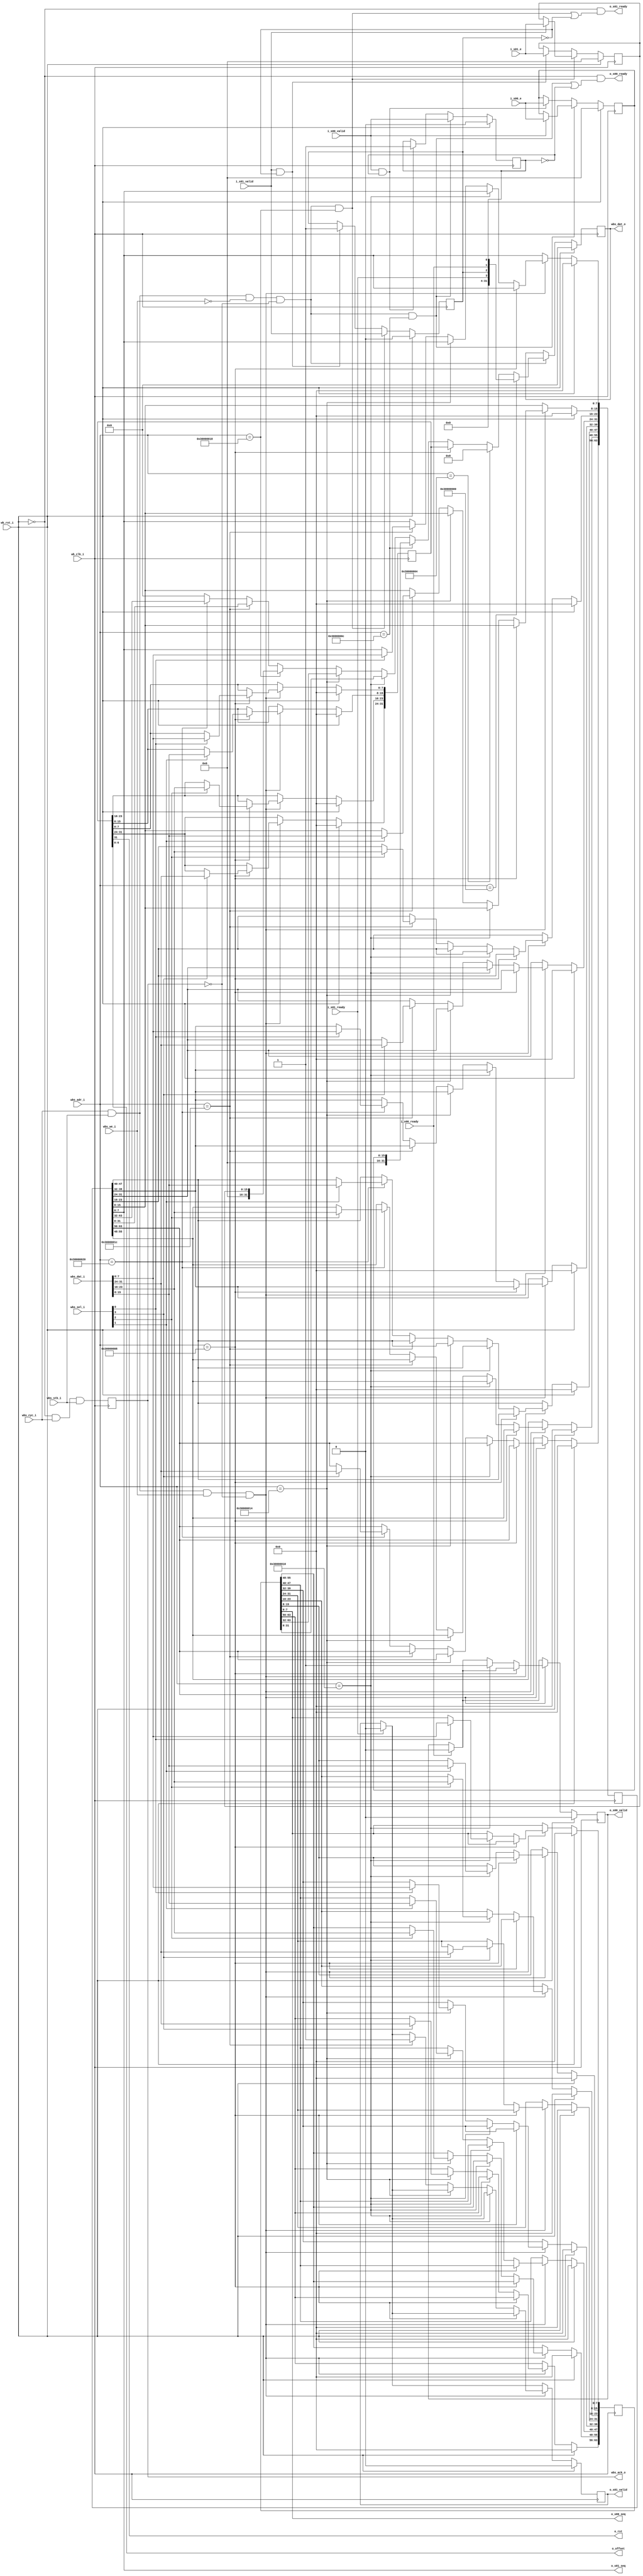
`timescale 1ns / 1ps
`default_nettype none


module wb_interface_e #
(
    parameter BASE_ADR = 32'h 3000_0000,

    parameter SEQ_WIDTH = 8,
    parameter E_WIDTH = 16
)
(
    input  wire                                 wb_clk_i,
    input  wire                                 wb_rst_i,
    input  wire                                 wbs_stb_i,
    input  wire                                 wbs_cyc_i,
    input  wire                                 wbs_we_i,
    input  wire [3:0]                           wbs_sel_i,
    input  wire [31:0]                          wbs_dat_i,
    input  wire [31:0]                          wbs_adr_i,
    output reg                                  wbs_ack_o,
    output reg  [31:0]                          wbs_dat_o,

    output wire                                 o_rst,

    output wire [6:0]                           o_offset,

    output wire [SEQ_WIDTH-1:0]                 o_s00_seq,
    output reg                                  o_s00_valid,
    input  wire                                 i_s00_ready,

    input  wire [E_WIDTH-1:0]                   i_s00_e,
    input  wire                                 i_s00_valid,
    output wire                                 o_s00_ready,

    output wire [SEQ_WIDTH-1:0]                 o_s01_seq,
    output reg                                  o_s01_valid,
    input  wire                                 i_s01_ready,

    input  wire [E_WIDTH-1:0]                   i_s01_e,
    input  wire                                 i_s01_valid,
    output wire                                 o_s01_ready
);


reg [31:0] cfg_reg;

reg [63:0] seq_s00_reg;
reg [63:0] seq_s01_reg;

reg [E_WIDTH-1:0] e_s00_reg;
reg e_s00_reg_valid;

reg [E_WIDTH-1:0] e_s01_reg;
reg e_s01_reg_valid;

wire do_read, do_write;

assign o_rst = cfg_reg[31];
assign o_offset = cfg_reg[6:0];

assign o_s00_seq = seq_s00_reg[SEQ_WIDTH-1:0];
assign o_s01_seq = seq_s01_reg[SEQ_WIDTH-1:0];

assign do_read = wbs_cyc_i & wbs_stb_i & ~wbs_we_i & ~wbs_ack_o;
assign do_write = wbs_cyc_i & wbs_stb_i & wbs_we_i & ~wbs_ack_o;

always @(posedge wb_clk_i)
    wbs_ack_o <= ~wb_rst_i & wbs_cyc_i & wbs_stb_i;

assign o_s00_ready = ~wb_rst_i & ((do_read && wbs_adr_i == (BASE_ADR | 32'h0C)) | ~e_s00_reg_valid);
assign o_s01_ready = ~wb_rst_i & ((do_read && wbs_adr_i == (BASE_ADR | 32'h18)) | ~e_s01_reg_valid);


always @(posedge wb_clk_i) begin
    if (wb_rst_i) begin
        e_s00_reg <= 0;
        e_s00_reg_valid <= 1'b0;
    end else begin
        if (do_read && wbs_adr_i == (BASE_ADR | 32'h0C)) begin
            e_s00_reg_valid <= i_s00_valid;
            if (i_s00_valid)
                e_s00_reg <= i_s00_e;
        end else begin
            if (i_s00_valid && ~e_s00_reg_valid) begin
                e_s00_reg <= i_s00_e;
                e_s00_reg_valid <= 1'b1;
            end
        end
    end
end

always @(posedge wb_clk_i) begin
    if (wb_rst_i) begin
        e_s01_reg <= 0;
        e_s01_reg_valid <= 1'b0;
    end else begin
        if (do_read && wbs_adr_i == (BASE_ADR | 32'h18)) begin
            e_s01_reg_valid <= i_s01_valid;
            if (i_s01_valid)
                e_s01_reg <= i_s01_e;
        end else begin
            if (i_s01_valid && ~e_s01_reg_valid) begin
                e_s01_reg <= i_s01_e;
                e_s01_reg_valid <= 1'b1;
            end
        end
    end
end


always @(posedge wb_clk_i) begin
    if (wb_rst_i) begin
        wbs_dat_o <= 0;
    end else if (do_read) begin
        if (wbs_adr_i == (BASE_ADR | 32'h00)) 
            wbs_dat_o <= {28'b0, i_s01_ready, e_s01_reg_valid, i_s00_ready, e_s00_reg_valid};

        else if (wbs_adr_i == (BASE_ADR | 32'h04)) 
            wbs_dat_o <= {24'h0, SEQ_WIDTH};

        else if (wbs_adr_i == (BASE_ADR | 32'h08)) 
            wbs_dat_o <= cfg_reg;

        else if (wbs_adr_i == (BASE_ADR | 32'h0C)) 
            wbs_dat_o <= {{(32-E_WIDTH){1'b0}}, e_s00_reg[E_WIDTH-1:0]};
        
        else if (wbs_adr_i == (BASE_ADR | 32'h10))
            wbs_dat_o <= seq_s00_reg[31:0];
        
        else if (wbs_adr_i == (BASE_ADR | 32'h14))
            wbs_dat_o <= seq_s00_reg[63:32];

        else if (wbs_adr_i == (BASE_ADR | 32'h18)) 
            wbs_dat_o <= {{(32-E_WIDTH){1'b0}}, e_s01_reg[E_WIDTH-1:0]};
        
        else if (wbs_adr_i == (BASE_ADR | 32'h1C))
            wbs_dat_o <= seq_s01_reg[31:0];
        
        else if (wbs_adr_i == (BASE_ADR | 32'h20))
            wbs_dat_o <= seq_s01_reg[63:32];

        else 
            wbs_dat_o <= 0;
    end
end

always @(posedge wb_clk_i) begin
    if (wb_rst_i) begin
        cfg_reg <= 0;

        seq_s00_reg <= 0;
        o_s00_valid <= 1'b0;

        seq_s01_reg <= 0;
        o_s01_valid <= 1'b0;
    end else begin
        if (i_s00_ready)
            o_s00_valid <= 1'b0;

        if (i_s01_ready)
            o_s01_valid <= 1'b0;

        if (do_write) begin
            if (wbs_adr_i == (BASE_ADR | 32'h08)) begin
                if (wbs_sel_i[0])
                    cfg_reg[7:0] <= wbs_dat_i[7:0];
                if (wbs_sel_i[1])
                    cfg_reg[15:8] <= wbs_dat_i[15:8];
                if (wbs_sel_i[2])
                    cfg_reg[23:16] <= wbs_dat_i[23:16];
                if (wbs_sel_i[3])
                    cfg_reg[31:24] <= wbs_dat_i[31:24];

            end else if (wbs_adr_i == (BASE_ADR | 32'h10)) begin
                if (wbs_sel_i[0])
                    seq_s00_reg[7:0] <= wbs_dat_i[7:0];
                if (wbs_sel_i[1])
                    seq_s00_reg[15:8] <= wbs_dat_i[15:8];
                if (wbs_sel_i[2])
                    seq_s00_reg[23:16] <= wbs_dat_i[23:16];
                if (wbs_sel_i[3])
                    seq_s00_reg[31:24] <= wbs_dat_i[31:24];

                o_s00_valid <= 1'b1;

            end else if (wbs_adr_i == (BASE_ADR | 32'h14)) begin
                if (wbs_sel_i[0])
                    seq_s00_reg[39:32] <= wbs_dat_i[7:0];
                if (wbs_sel_i[1])
                    seq_s00_reg[47:40] <= wbs_dat_i[15:8];
                if (wbs_sel_i[2])
                    seq_s00_reg[55:48] <= wbs_dat_i[23:16];
                if (wbs_sel_i[3])
                    seq_s00_reg[63:56] <= wbs_dat_i[31:24];

            end else if (wbs_adr_i == (BASE_ADR | 32'h1C)) begin
                if (wbs_sel_i[0])
                    seq_s01_reg[7:0] <= wbs_dat_i[7:0];
                if (wbs_sel_i[1])
                    seq_s01_reg[15:8] <= wbs_dat_i[15:8];
                if (wbs_sel_i[2])
                    seq_s01_reg[23:16] <= wbs_dat_i[23:16];
                if (wbs_sel_i[3])
                    seq_s01_reg[31:24] <= wbs_dat_i[31:24];

                o_s01_valid <= 1'b1;

            end else if (wbs_adr_i == (BASE_ADR | 32'h20)) begin
                if (wbs_sel_i[0])
                    seq_s01_reg[39:32] <= wbs_dat_i[7:0];
                if (wbs_sel_i[1])
                    seq_s01_reg[47:40] <= wbs_dat_i[15:8];
                if (wbs_sel_i[2])
                    seq_s01_reg[55:48] <= wbs_dat_i[23:16];
                if (wbs_sel_i[3])
                    seq_s01_reg[63:56] <= wbs_dat_i[31:24];
            end
        end
    end
end

endmodule

`default_nettype wire